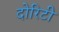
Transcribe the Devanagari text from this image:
दोरिटी